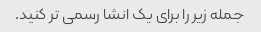
جمله زیر را برای یک انشا رسمی تر کنید.